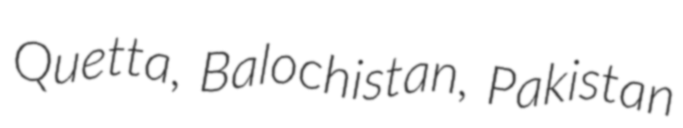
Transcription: Quetta, Balochistan, Pakistan